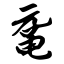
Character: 鼋